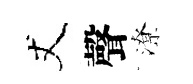
丈聲潦